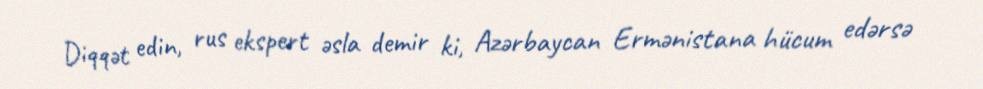
Diqqət edin, rus ekspert əsla demir ki, Azərbaycan Ermənistana hücum edərsə